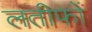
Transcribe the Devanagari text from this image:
लतीफों